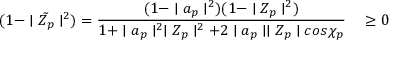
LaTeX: ( 1 - \mid { \tilde { Z _ { p } } } \mid ^ { 2 } ) = \frac { ( 1 - \mid a _ { p } \mid ^ { 2 } ) ( 1 - \mid Z _ { p } \mid ^ { 2 } ) } { 1 + \mid a _ { p } \mid ^ { 2 } \mid Z _ { p } \mid ^ { 2 } + 2 \mid a _ { p } \mid \mid Z _ { p } \mid c o s \chi _ { p } } \quad \geq 0